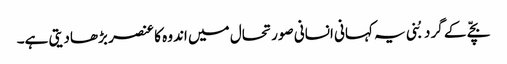
بچّے کے گرد بُنی یہ کہانی انسانی صورتحال میں اندو ہ کا عنصر بڑھادیتی ہے۔